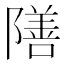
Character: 𮥣